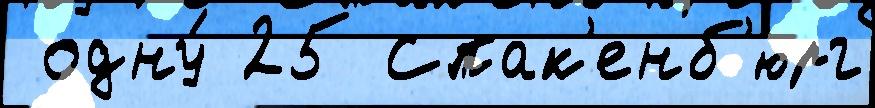
 одну́ 25 Спак'енб'юрг